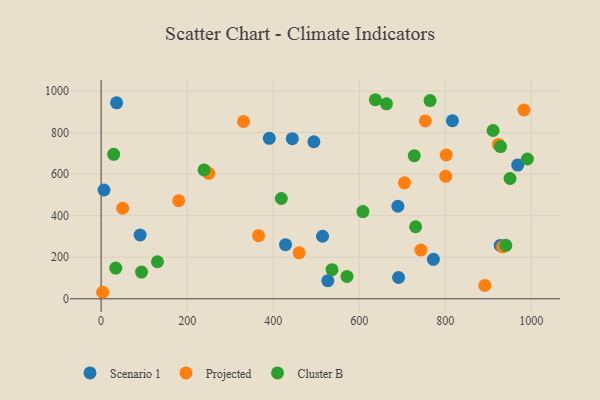
{"axis": {"x": "Study Hours", "y": "Profit"}, "legend": ["Cluster B", "Projected", "Scenario 1"], "data": [{"x": "772.6", "y": 190.1, "type": "Scenario 1"}, {"x": "691.6", "y": 102.6, "type": "Scenario 1"}, {"x": "6.7", "y": 523.7, "type": "Scenario 1"}, {"x": "36.0", "y": 943.4, "type": "Scenario 1"}, {"x": "514.9", "y": 301.0, "type": "Scenario 1"}, {"x": "444.6", "y": 770.7, "type": "Scenario 1"}, {"x": "90.7", "y": 307.2, "type": "Scenario 1"}, {"x": "928.0", "y": 256.8, "type": "Scenario 1"}, {"x": "428.8", "y": 260.6, "type": "Scenario 1"}, {"x": "527.1", "y": 87.4, "type": "Scenario 1"}, {"x": "968.6", "y": 643.7, "type": "Scenario 1"}, {"x": "494.7", "y": 755.9, "type": "Scenario 1"}, {"x": "690.0", "y": 445.5, "type": "Scenario 1"}, {"x": "391.0", "y": 772.3, "type": "Scenario 1"}, {"x": "816.9", "y": 857.2, "type": "Scenario 1"}, {"x": "923.7", "y": 742.9, "type": "Projected"}, {"x": "331.1", "y": 853.5, "type": "Projected"}, {"x": "983.2", "y": 908.9, "type": "Projected"}, {"x": "705.3", "y": 558.5, "type": "Projected"}, {"x": "743.5", "y": 234.6, "type": "Projected"}, {"x": "802.4", "y": 692.8, "type": "Projected"}, {"x": "3.5", "y": 31.4, "type": "Projected"}, {"x": "250.3", "y": 604.0, "type": "Projected"}, {"x": "933.5", "y": 250.4, "type": "Projected"}, {"x": "460.4", "y": 221.4, "type": "Projected"}, {"x": "180.4", "y": 471.9, "type": "Projected"}, {"x": "50.0", "y": 436.0, "type": "Projected"}, {"x": "892.2", "y": 64.2, "type": "Projected"}, {"x": "753.8", "y": 856.1, "type": "Projected"}, {"x": "801.2", "y": 589.5, "type": "Projected"}, {"x": "366.1", "y": 303.8, "type": "Projected"}, {"x": "131.0", "y": 178.4, "type": "Cluster B"}, {"x": "34.0", "y": 148.1, "type": "Cluster B"}, {"x": "728.1", "y": 689.2, "type": "Cluster B"}, {"x": "991.1", "y": 673.0, "type": "Cluster B"}, {"x": "637.7", "y": 958.3, "type": "Cluster B"}, {"x": "911.3", "y": 810.2, "type": "Cluster B"}, {"x": "536.8", "y": 140.3, "type": "Cluster B"}, {"x": "950.7", "y": 579.0, "type": "Cluster B"}, {"x": "941.0", "y": 257.6, "type": "Cluster B"}, {"x": "663.5", "y": 938.7, "type": "Cluster B"}, {"x": "608.7", "y": 420.0, "type": "Cluster B"}, {"x": "731.2", "y": 346.9, "type": "Cluster B"}, {"x": "94.0", "y": 128.4, "type": "Cluster B"}, {"x": "764.8", "y": 954.0, "type": "Cluster B"}, {"x": "571.7", "y": 107.6, "type": "Cluster B"}, {"x": "419.0", "y": 482.9, "type": "Cluster B"}, {"x": "239.4", "y": 620.4, "type": "Cluster B"}, {"x": "928.6", "y": 732.8, "type": "Cluster B"}, {"x": "29.2", "y": 695.7, "type": "Cluster B"}]}